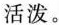
活泼。